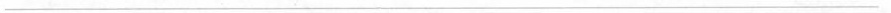
___